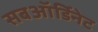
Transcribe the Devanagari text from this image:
सबऑर्डिनेट